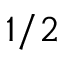
1 / 2